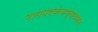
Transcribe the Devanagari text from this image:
रामपदकंजभृंगायमान